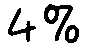
4%